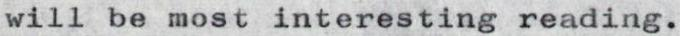
will be most interesting reading.